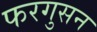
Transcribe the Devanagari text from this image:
फरगुसन